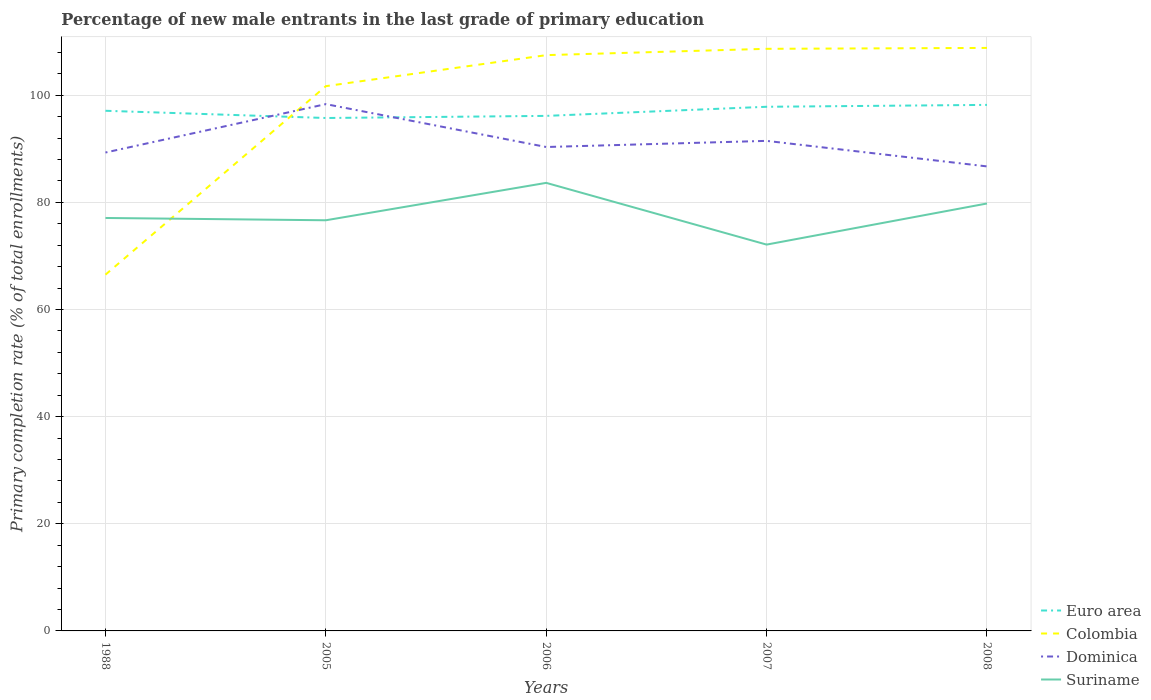
| Years | Euro area | Colombia | Dominica | Suriname |
 | --- | --- | --- | --- | --- |
 | 1988 | 97.1 | 66.5 | 89.3 | 77.1 |
 | 2005 | 95.7 | 102 | 98.3 | 76.7 |
 | 2006 | 96.1 | 107 | 90.3 | 83.6 |
 | 2007 | 97.8 | 109 | 91.5 | 72.1 |
 | 2008 | 98.2 | 109 | 86.7 | 79.8 |